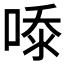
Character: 𭈿